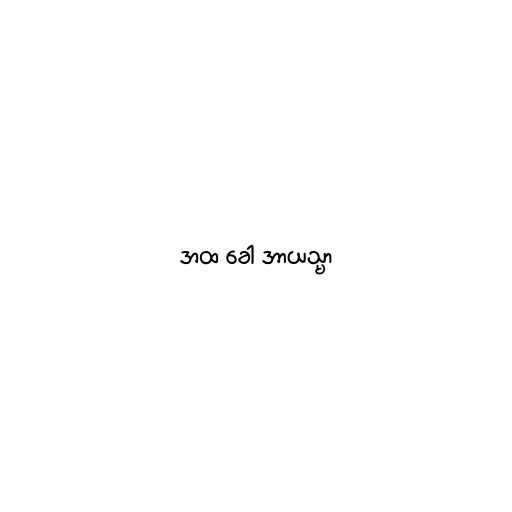
အထ ခေါ အာယသ္မာ